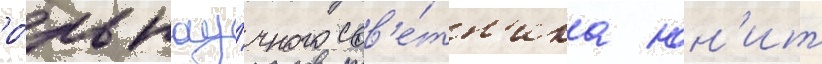
ро́ль нау́чного сов'е́тн'ика юн'ит